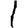
Digit: 1